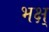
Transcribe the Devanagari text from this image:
भक्ष्